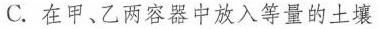
C.在甲、乙两容器中放入等量的土壤